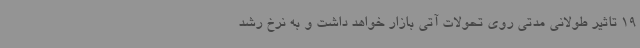
19 تاثیر طولانی مدتی روی تحولات آتی بازار خواهد داشت و به نرخ رشد